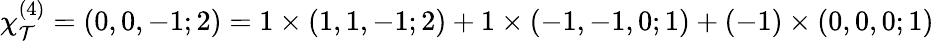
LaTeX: \chi_{\mathcal{T}}^{(4)}=(0,0,-1;2)=1\times(1,1,-1;2)+1\times(-1,-1,0;1)+(-1)\times(0,0,0;1)